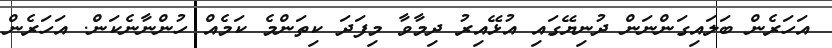
އަހަރެން ބަލައިގަންނަން ދުނިޔޭގައި އުޅޭއިރު ދިމާވާ މިފަދަ ކިތަންމެ ކަމެއް ހުންނާނެކަން. އަހަރެން